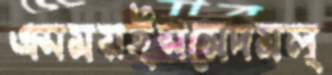
এসময়ইসমেদমল্